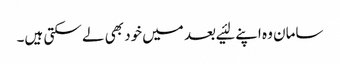
سامان وہ اپنے لئیے بعد میں‌خود بھی لے سکتی ہیں۔